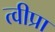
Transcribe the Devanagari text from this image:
त्वीप्रा